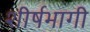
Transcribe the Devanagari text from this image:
शीर्षभागी